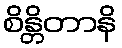
စိန္တိတာနိ